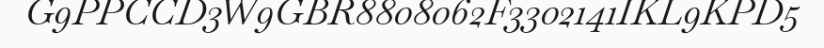
G9PPCCD3W9GBR8808062F3302141IKL9KPD5